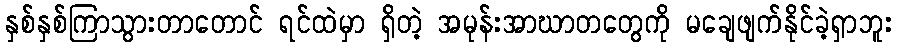
နှစ်နှစ်ကြာသွားတာတောင် ရင်ထဲမှာ ရှိတဲ့ အမုန်းအာဃာတတွေကို မချေဖျက်နိုင်ခဲ့ရှာဘူး